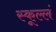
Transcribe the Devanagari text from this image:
स्कूल्लं